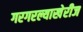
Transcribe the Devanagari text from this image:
गरगरल्याखेरीज